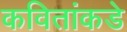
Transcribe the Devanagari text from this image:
कवितांकडे